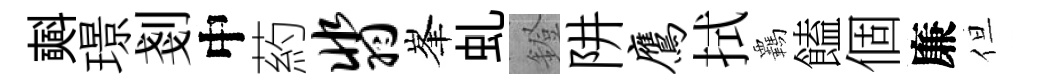
𣂏璟剗中葯翡峯虬鐙阱鹰拭覊饁個廉但